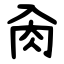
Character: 肏